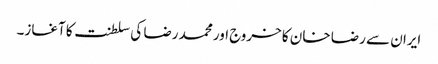
ایران سے رضا خان کا خروج اور محمد رضا کی سلطنت کا آغاز۔